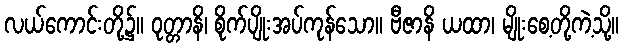
လယ်ကောင်းတို့၌။ ဝုတ္တာနိ၊ စိုက်ပျိုးအပ်ကုန်သော။ ဗီဇာနိ ယထာ၊ မျိုးစေ့တို့ကဲ့သို့။